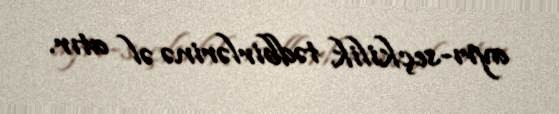
ayrı-seçkilik tədbirlərinə əl atır.